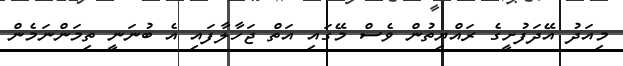
މިއަދު އޭދަފުށީގެ ރައްޔިތުން ވެސް މޭގައި އަތް ޖަހާލާފައި އެ ބުނަނީ ތިމަންނަމެން